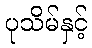
ပုသိမ်နှင့်